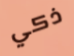
ذكي